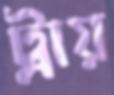
ট্রায়